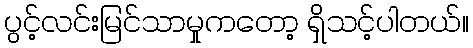
ပွင့်လင်းမြင်သာမှုကတော့ ရှိသင့်ပါတယ်။